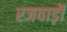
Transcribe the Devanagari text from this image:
रजवाड़ॊं